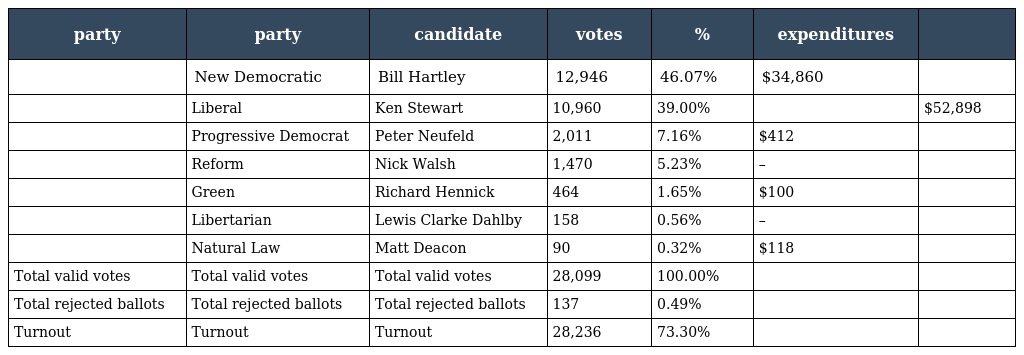
| party | party | candidate | votes | % | expenditures |  |
 | --- | --- | --- | --- | --- | --- | --- |
 |  | New Democratic | Bill Hartley | 12,946 | 46.07% | $34,860 |  |
 |  | Liberal | Ken Stewart | 10,960 | 39.00% |  | $52,898 |
 |  | Progressive Democrat | Peter Neufeld | 2,011 | 7.16% | $412 |  |
 |  | Reform | Nick Walsh | 1,470 | 5.23% | – |  |
 |  | Green | Richard Hennick | 464 | 1.65% | $100 |  |
 |  | Libertarian | Lewis Clarke Dahlby | 158 | 0.56% | – |  |
 |  | Natural Law | Matt Deacon | 90 | 0.32% | $118 |  |
 | Total valid votes | Total valid votes | Total valid votes | 28,099 | 100.00% |  |  |
 | Total rejected ballots | Total rejected ballots | Total rejected ballots | 137 | 0.49% |  |  |
 | Turnout | Turnout | Turnout | 28,236 | 73.30% |  |  |